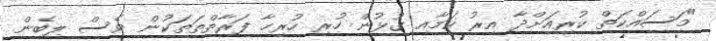
"މަސައްކަތް ކުރިއަށްދާ އިރު ކަމާއި ގުޅުން ހުރި ހުރިހާ ފަރާތްތަތަކުން ވެސް ލިބެން